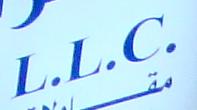
l.l.c.